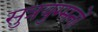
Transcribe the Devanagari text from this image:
सुत्रयुग्मनों